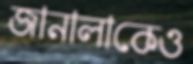
জানালাকেও